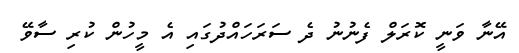
އޭނާ ވަނީ ކޮރަލް ފެނުނު ދެ ސަރަހައްދުގައި އެ މީހުން ކުރި ސާވޭ